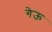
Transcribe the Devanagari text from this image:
गेऊ